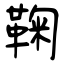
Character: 鞠